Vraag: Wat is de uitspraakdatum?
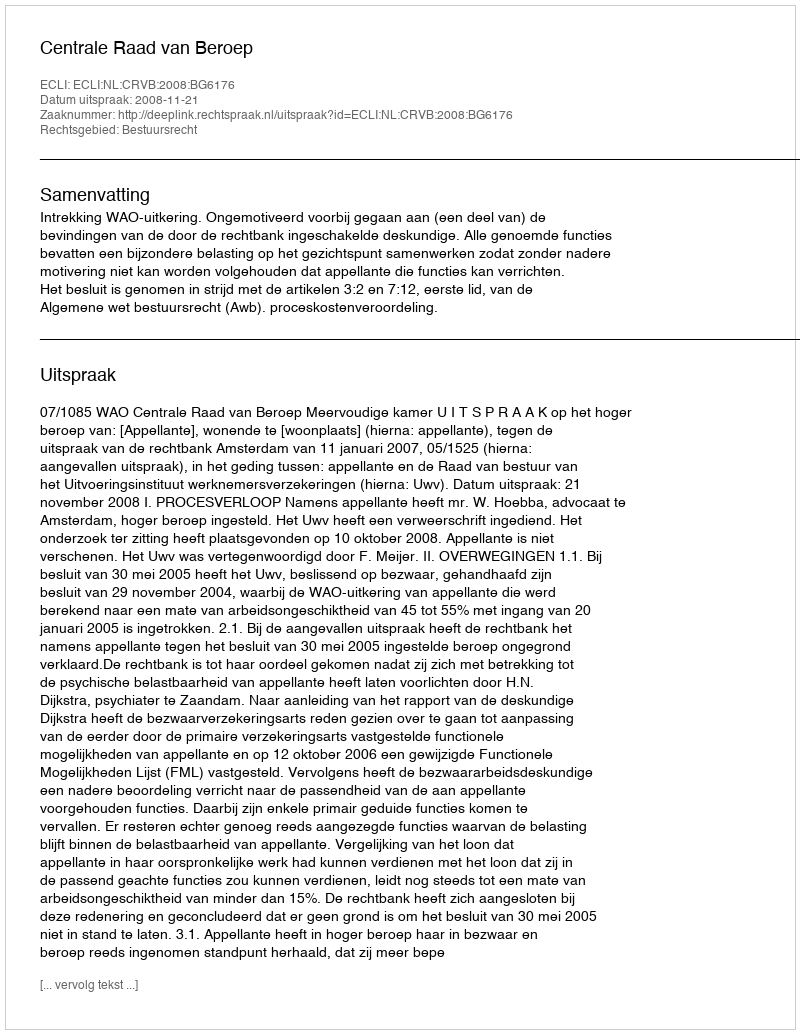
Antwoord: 2008-11-21